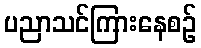
ပညာသင်ကြားနေစဉ်